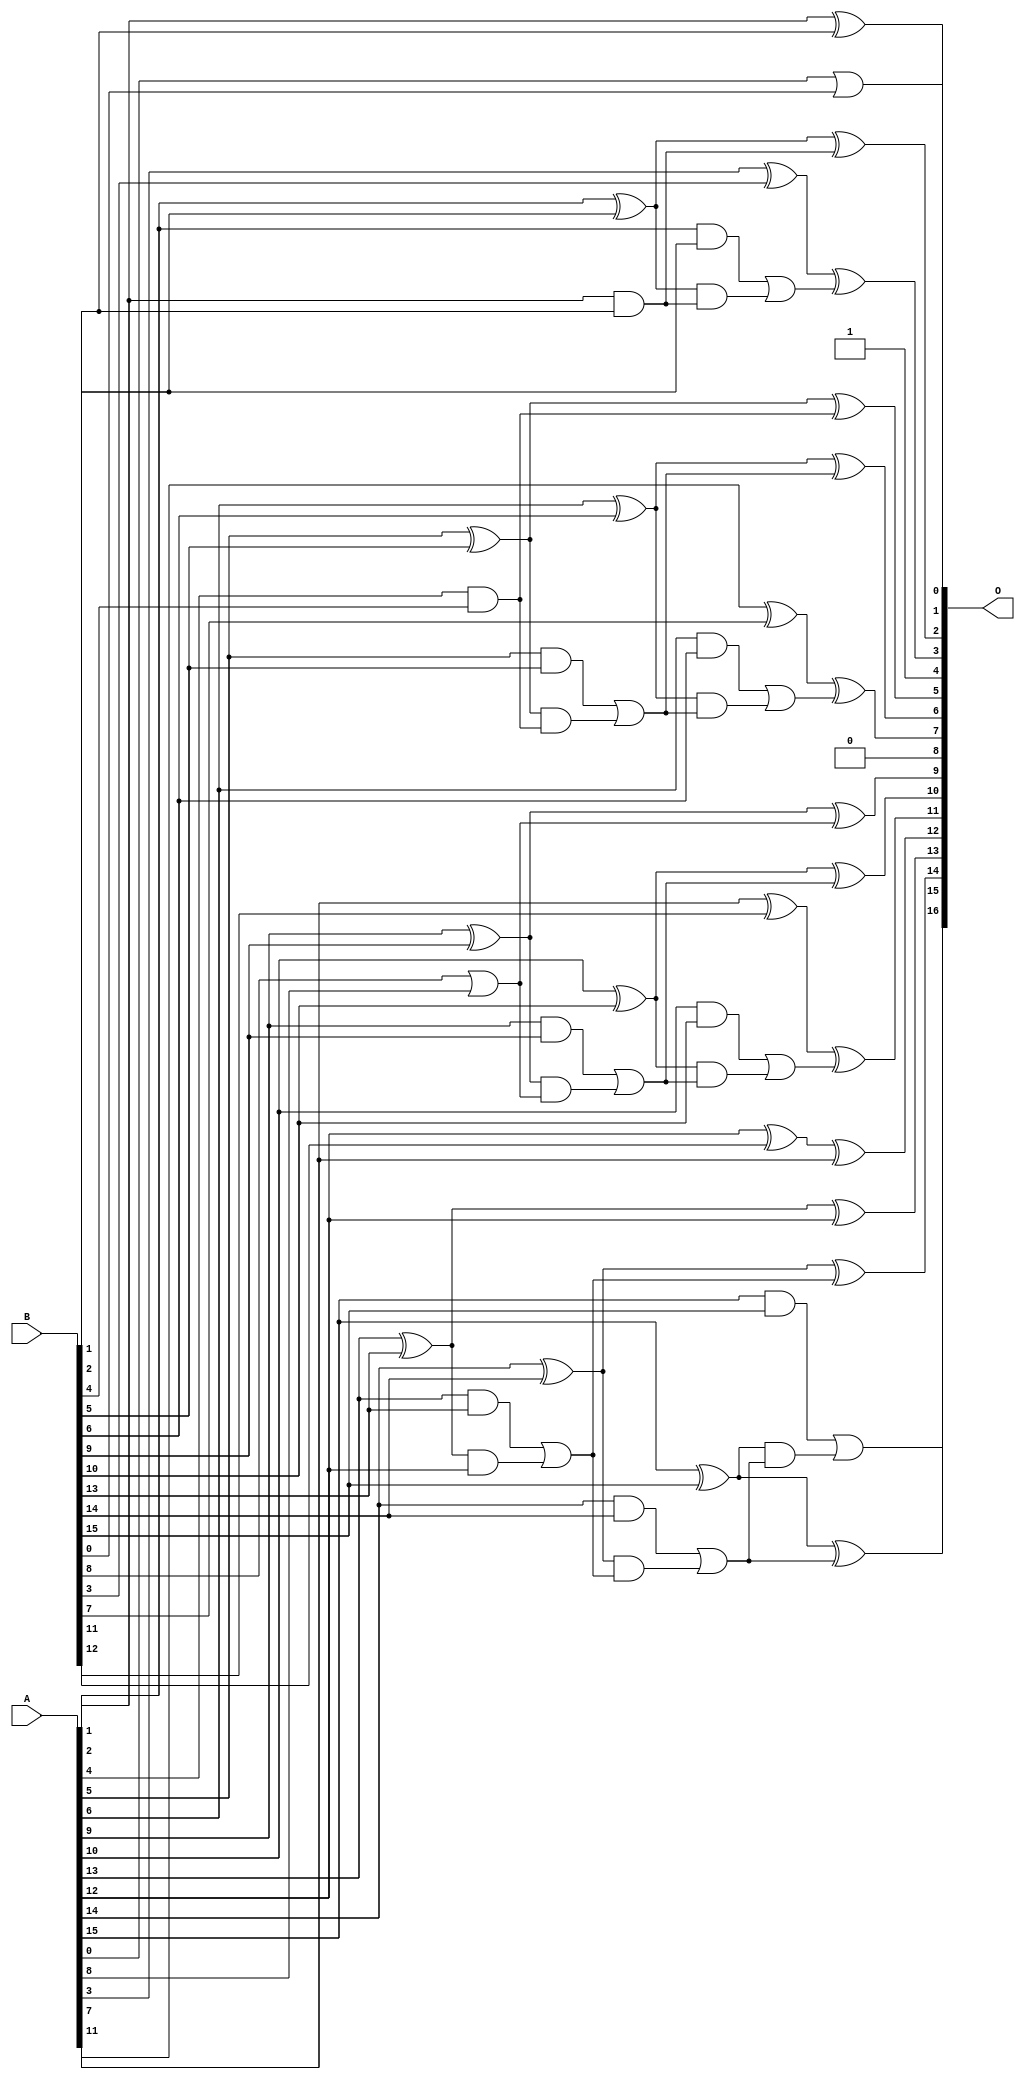
// This program was cloned from: https://github.com/ehw-fit/evoapproxlib
// License: MIT License

/***
* This code is a part of EvoApproxLib library (ehw.fit.vutbr.cz/approxlib) distributed under The MIT License.
* When used, please cite the following article(s): V. Mrazek, L. Sekanina, Z. Vasicek "Libraries of Approximate Circuits: Automated Design and Application in CNN Accelerators" IEEE Journal on Emerging and Selected Topics in Circuits and Systems, Vol 10, No 4, 2020 
* This file contains a circuit from a sub-set of pareto optimal circuits with respect to the pwr and ep parameters
***/
// MAE% = 2.01 %
// MAE = 2631 
// WCE% = 6.46 %
// WCE = 8465 
// WCRE% = 1600.00 %
// EP% = 89.45 %
// MRE% = 5.41 %
// MSE = 16774.987e3 
// PDK45_PWR = 0.052 mW
// PDK45_AREA = 122.0 um2
// PDK45_DELAY = 0.32 ns


module add16u_1X9(A, B, O);
  input [15:0] A, B;
  output [16:0] O;
  wire sig_34, sig_35, sig_38, sig_39, sig_40, sig_41;
  wire sig_43, sig_44, sig_50, sig_53, sig_54, sig_55;
  wire sig_56, sig_58, sig_59, sig_60, sig_61, sig_63;
  wire sig_64, sig_73, sig_74, sig_75, sig_76, sig_78;
  wire sig_79, sig_80, sig_81, sig_83, sig_84, sig_89;
  wire sig_94, sig_95, sig_96, sig_98, sig_99, sig_100;
  wire sig_101, sig_103, sig_104, sig_105, sig_106;
  assign O[0] = A[0] | B[0];
  assign O[4] = 1'b1;
  assign sig_34 = A[1] ^ B[1];
  assign sig_35 = A[1] & B[1];
  assign O[8] = 1'b0;
  assign O[1] = sig_34;
  assign sig_38 = sig_35;
  assign sig_39 = A[2] ^ B[2];
  assign sig_40 = A[2] & B[2];
  assign sig_41 = sig_39 & sig_38;
  assign O[2] = sig_39 ^ sig_38;
  assign sig_43 = sig_40 | sig_41;
  assign sig_44 = A[3] ^ B[3];
  assign O[3] = sig_44 ^ sig_43;
  assign sig_50 = A[4] & B[4];
  assign sig_53 = sig_50;
  assign sig_54 = A[5] ^ B[5];
  assign sig_55 = A[5] & B[5];
  assign sig_56 = sig_54 & sig_53;
  assign O[5] = sig_54 ^ sig_53;
  assign sig_58 = sig_55 | sig_56;
  assign sig_59 = A[6] ^ B[6];
  assign sig_60 = A[6] & B[6];
  assign sig_61 = sig_59 & sig_58;
  assign O[6] = sig_59 ^ sig_58;
  assign sig_63 = sig_60 | sig_61;
  assign sig_64 = A[7] ^ B[7];
  assign O[7] = sig_64 ^ sig_63;
  assign sig_73 = B[8] | A[8];
  assign sig_74 = A[9] ^ B[9];
  assign sig_75 = A[9] & B[9];
  assign sig_76 = sig_74 & sig_73;
  assign O[9] = sig_74 ^ sig_73;
  assign sig_78 = sig_75 | sig_76;
  assign sig_79 = A[10] ^ B[10];
  assign sig_80 = A[10] & B[10];
  assign sig_81 = sig_79 & sig_78;
  assign O[10] = sig_79 ^ sig_78;
  assign sig_83 = sig_80 | sig_81;
  assign sig_84 = A[11] ^ B[11];
  assign O[11] = sig_84 ^ sig_83;
  assign sig_89 = A[12] ^ B[12];
  assign O[12] = sig_89 ^ A[11];
  assign sig_94 = A[13] ^ B[13];
  assign sig_95 = A[13] & B[13];
  assign sig_96 = sig_94 & A[12];
  assign O[13] = sig_94 ^ A[12];
  assign sig_98 = sig_95 | sig_96;
  assign sig_99 = A[14] ^ B[14];
  assign sig_100 = A[14] & B[14];
  assign sig_101 = sig_99 & sig_98;
  assign O[14] = sig_99 ^ sig_98;
  assign sig_103 = sig_100 | sig_101;
  assign sig_104 = A[15] ^ B[15];
  assign sig_105 = A[15] & B[15];
  assign sig_106 = sig_104 & sig_103;
  assign O[15] = sig_104 ^ sig_103;
  assign O[16] = sig_105 | sig_106;
endmodule